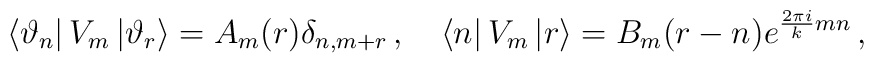
\left\langle \vartheta _{n}\right| V_{m}\left| \vartheta _{r}\right\rangle =A_{m}(r)\delta _{n,m+r}\,,\quad \left\langle n\right| V_{m}\left| r\right\rangle =B_{m}(r-n)e^{\frac{2\pi i}{k}mn}\,,